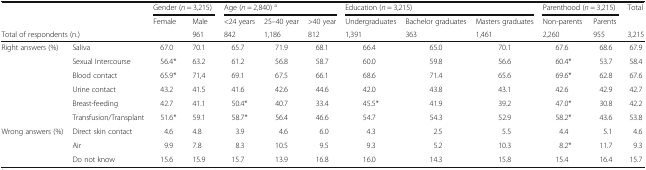
<table><thead><tr><td colspan="2" rowspan="2">[EMPTY_CELL]</td><td colspan="2"><b>Gender (<i>n</i> = 3,215)</b></td><td colspan="3"><b>Age (<i>n</i> = 2,840) <sup>a</sup></b></td><td colspan="3"><b>Education (<i>n</i> = 3,215)</b></td><td colspan="2"><b>Parenthood (<i>n</i> = 3,215)</b></td><td rowspan="2"><b>Total</b></td></tr><tr><td><b>Female</b></td><td><b>Male</b></td><td><b>&lt;24 years</b></td><td><b>25–40 year</b></td><td><b>&gt;40 year</b></td><td><b>Undergraduates</b></td><td><b>Bachelor graduates</b></td><td><b>Masters graduates</b></td><td><b>Non-parents</b></td><td><b>Parents</b></td></tr><tr><td colspan="2"><b>Total of respondents (n.)</b></td><td>[EMPTY_CELL]</td><td><b>961</b></td><td><b>842</b></td><td><b>1,186</b></td><td><b>812</b></td><td><b>1,391</b></td><td><b>363</b></td><td><b>1,461</b></td><td><b>2,260</b></td><td><b>955</b></td><td><b>3,215</b></td></tr></thead><tbody><tr><td rowspan="6">Right answers (%)</td><td>Saliva</td><td>67.0</td><td>70.1</td><td>65.7</td><td>71.9</td><td>68.1</td><td>66.4</td><td>65.0</td><td>70.1</td><td>67.6</td><td>68.6</td><td>67.9</td></tr><tr><td>Sexual Intercourse</td><td>56.4*</td><td>63.2</td><td>61.2</td><td>56.8</td><td>58.7</td><td>60.0</td><td>59.8</td><td>56.6</td><td>60.4*</td><td>53.7</td><td>58.4</td></tr><tr><td>Blood contact</td><td>65.9*</td><td>71,4</td><td>69.1</td><td>67.5</td><td>66.1</td><td>68.6</td><td>71.4</td><td>65.6</td><td>69.6*</td><td>62.8</td><td>67.6</td></tr><tr><td>Urine contact</td><td>43.2</td><td>41.5</td><td>41.6</td><td>42.6</td><td>44.6</td><td>42.0</td><td>43.8</td><td>43.1</td><td>42.6</td><td>42.9</td><td>42.7</td></tr><tr><td>Breast-feeding</td><td>42.7</td><td>41.1</td><td>50.4*</td><td>40.7</td><td>33.4</td><td>45.5*</td><td>41.9</td><td>39.2</td><td>47.0*</td><td>30.8</td><td>42.2</td></tr><tr><td>Transfusion/Transplant</td><td>51.6*</td><td>59.1</td><td>58.7*</td><td>56.4</td><td>46.6</td><td>54.7</td><td>54.3</td><td>52.9</td><td>58.2*</td><td>43.6</td><td>53.8</td></tr><tr><td rowspan="3">Wrong answers (%)</td><td>Direct skin contact</td><td>4.6</td><td>4.8</td><td>3.9</td><td>4.6</td><td>6.0</td><td>4.3</td><td>2.5</td><td>5.5</td><td>4.4</td><td>5.1</td><td>4.6</td></tr><tr><td>Air</td><td>9.9</td><td>7.8</td><td>8.3</td><td>10.5</td><td>9.5</td><td>9.3</td><td>5.2</td><td>10.3</td><td>8.2*</td><td>11.7</td><td>9.3</td></tr><tr><td>Do not know</td><td>15.6</td><td>15.9</td><td>15.7</td><td>13.9</td><td>16.8</td><td>16.0</td><td>14.3</td><td>15.8</td><td>15.4</td><td>16.4</td><td>15.7</td></tr></tbody></table>